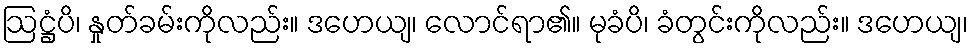
ဩဋ္ဌံပိ၊ နှုတ်ခမ်းကိုလည်း။ ဒဟေယျ၊ လောင်ရာ၏။ မုခံပိ၊ ခံတွင်းကိုလည်း။ ဒဟေယျ၊